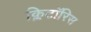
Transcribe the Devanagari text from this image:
क्लिटॉरिस